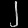
Digit: ၂